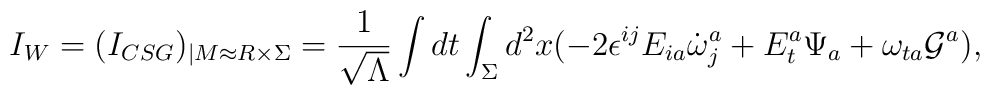
I_{W}=(I_{CSG})_{|M\approx R\times\Sigma}     =\frac{1}{\sqrt{\Lambda}}\int dt\int_{\Sigma}d^{2}x	 (-2\epsilon^{ij}E_{ia}\dot{\omega}_{j}^{a}+E_{t}^{a}\Psi_{a}+	                            \omega_{ta}{\cal G}^{a}),